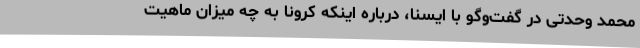
محمد وحدتی در گفت‌وگو با ایسنا، درباره اینکه کرونا به چه میزان ماهیت